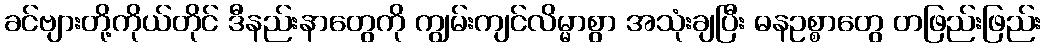
ခင်ဗျားတို့ကိုယ်တိုင် ဒီနည်းနာတွေကို ကျွမ်းကျင်လိမ္မာစွာ အသုံးချပြီး ဓနဥစ္စာတွေ တဖြည်းဖြည်း